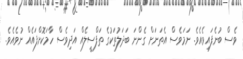
ވެސް ބުނެފައިވެއެވެ. ނަމަވެސް އެތަނަށް ގެންނަ ބަދަލުތަކުގެ ތަފްސީލެއް އަދިވެސް ހާމަކޮށްފައެއް ނުވެއެވެ.